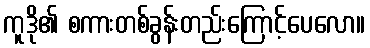
ကူဒို၏ စကားတစ်ခွန်းတည်းကြောင့်ပေလော။